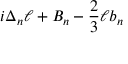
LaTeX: i \Delta _ { n } \ell + B _ { n } - { \frac { 2 } { 3 } } \ell b _ { n }